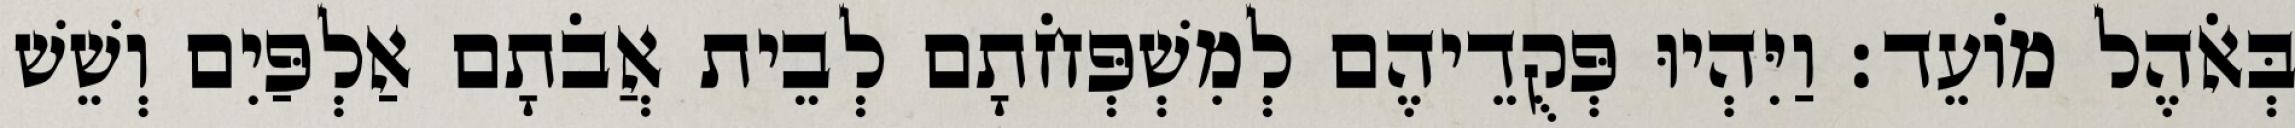
בְּאֹהֶל מוֹעֵד׃ וַיִּהְיוּ פְּקֻדֵיהֶם לְמִשְׁפְּחֹתָם לְבֵית אֲבֹתָם אַלְפַּיִם וְשֵׁשׁ